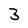
Character: 3